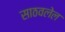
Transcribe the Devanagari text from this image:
साठवलेल